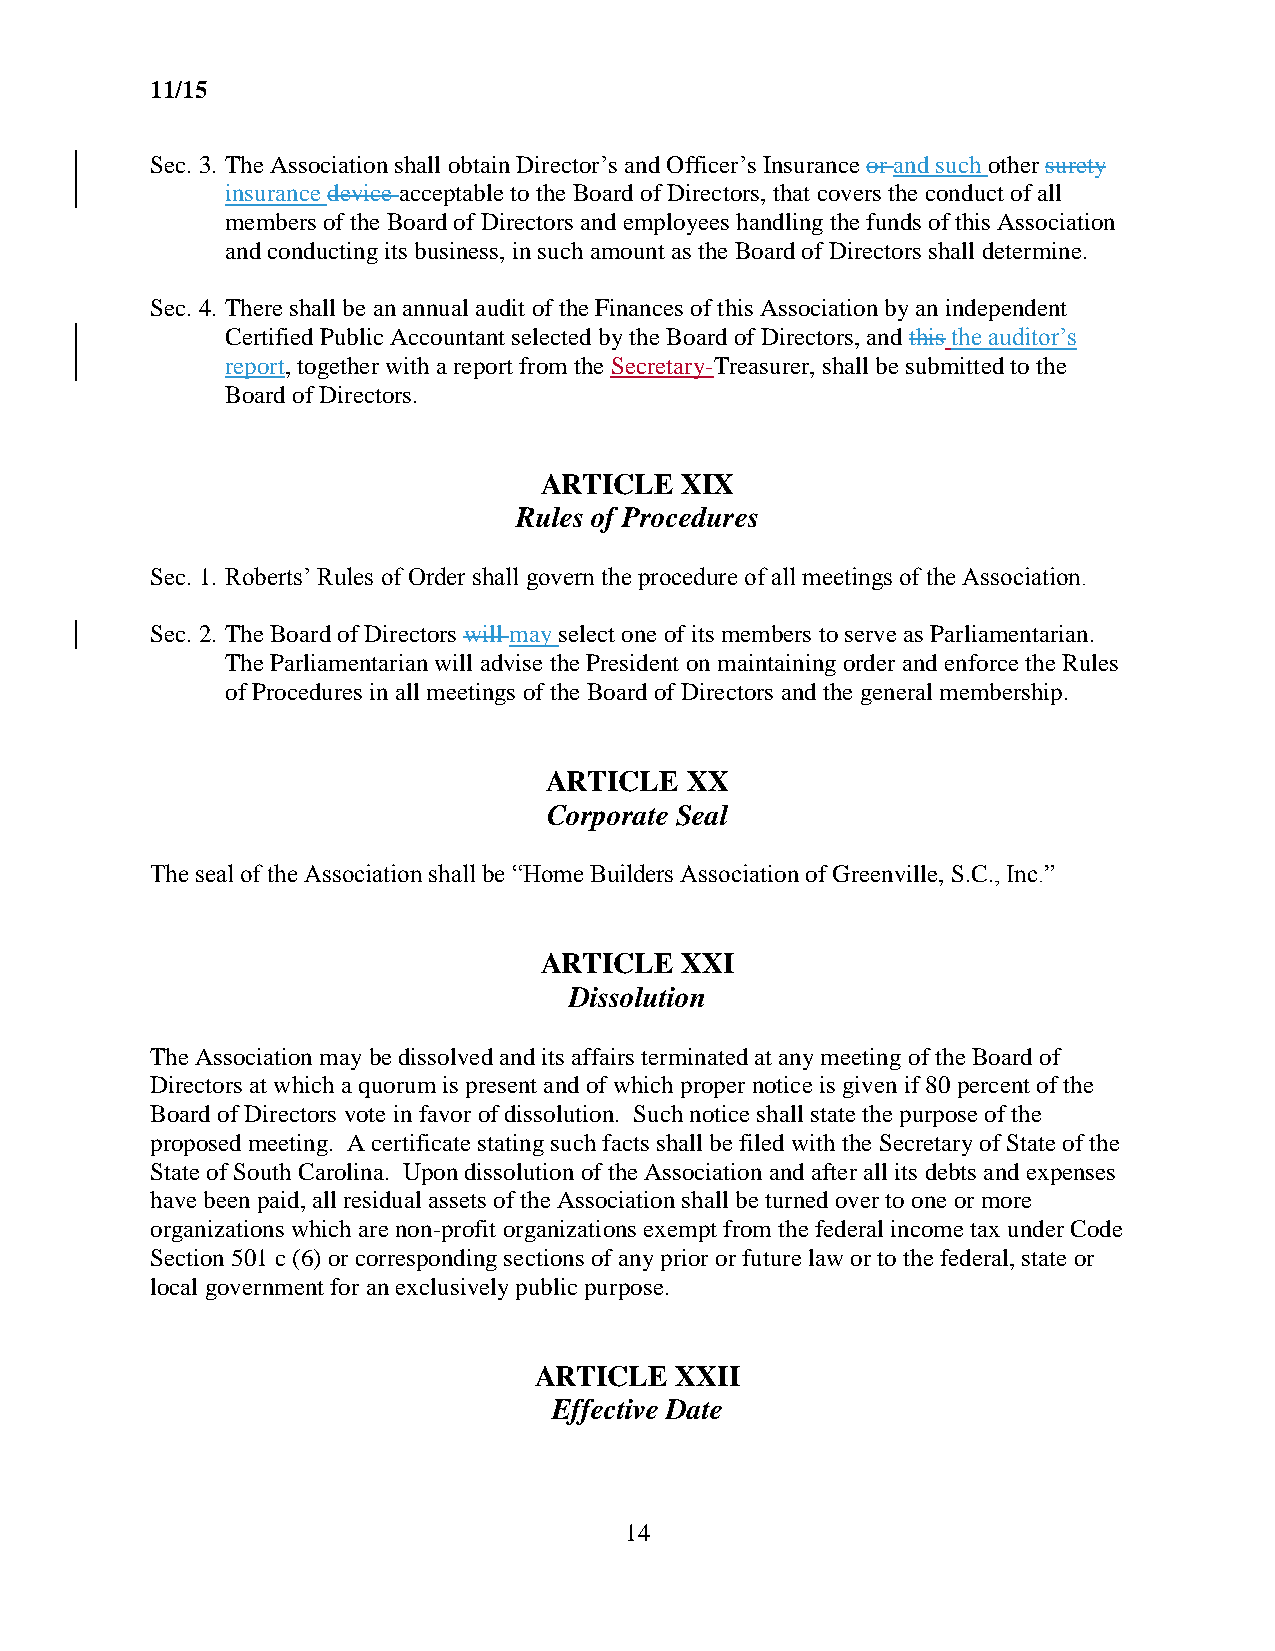
11/15
 Sec. 3. The Association shall obtain Director’s and Officer’s Insurance or and such other surety
 insurance device acceptable to the Board of Directors, that covers the conduct of all
 members of the Board of Directors and employees handling the funds of this Association
 and conducting its business, in such amount as the Board of Directors shall determine.
 Sec. 4. There shall be an annual audit of the Finances of this Association by an independent
 Certified Public Accountant selected by the Board of Directors, and this the auditor’s
 report, together with a report from the Secretary-Treasurer, shall be submitted to the
 Board of Directors.
 ARTICLE  XIX
 Rules of Procedures
 Sec. 1. Roberts’ Rules of Order shall govern the procedure of all meetings of the Association.
 Sec. 2. The Board of Directors will may select one of its members to serve as Parliamentarian.
 The Parliamentarian will advise the President on maintaining order and enforce the Rules
 of Procedures in all meetings of the Board of Directors and the general membership.
 ARTICLE  XX
 Corporate Seal
 The seal of the Association shall be “Home Builders Association of Greenville, S.C., Inc.”
 ARTICLE  XXI
 Dissolution
 The Association may be dissolved and its affairs terminated at any meeting of the Board of
 Directors at which a quorum is present and of which proper notice is given if 80 percent of the
 Board of Directors vote in favor of dissolution. Such notice shall state the purpose of the
 proposed meeting. A certificate stating such facts shall be filed with the Secretary of State of the
 State of South Carolina. Upon dissolution of the Association and after all its debts and expenses
 have been paid, all residual assets of the Association shall be turned over to one or more
 organizations which are non-profit organizations exempt from the federal income tax under Code
 Section 501 c (6) or corresponding sections of any prior or future law or to the federal, state or
 local government for an exclusively public purpose.
 ARTICLE   XXII
 Effective Date
 14